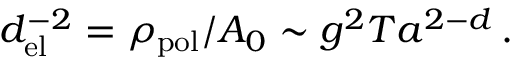
d _ { \mathrm { e l } } ^ { - 2 } = \rho _ { \mathrm { p o l } } / A _ { 0 } \sim g ^ { 2 } T a ^ { 2 - d } \, .